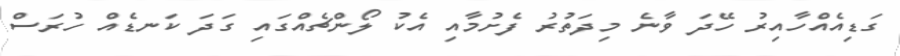
ގަޑިއެއްހާއިރު ހޭދަ ވާނެ މިދަތުރު ފެށުމާއި އެކު ލޯންޗެއްގައި ގަދަ ކަނޑެއް ހުރަސް